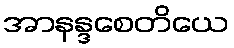
အာနန္ဒစေတိယေ